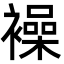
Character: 襙